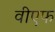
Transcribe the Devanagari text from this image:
वीएफ